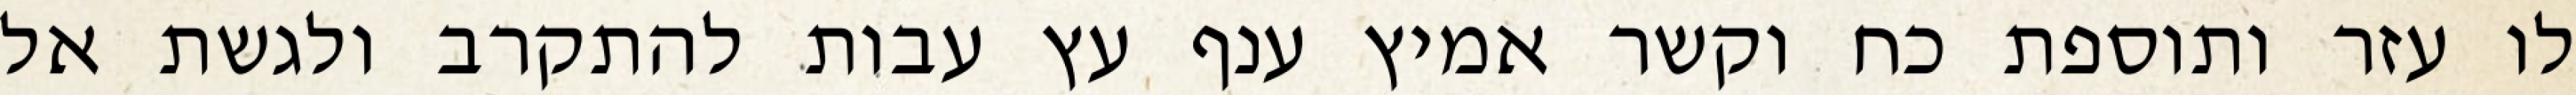
לו עזר ותוספת כח וקשר אמיץ ענף עץ עבות להתקרב ולגשת אל